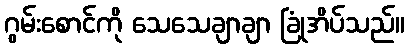
ဂွမ်းစောင်ကို သေသေချာချာ ခြုံအိပ်သည်။